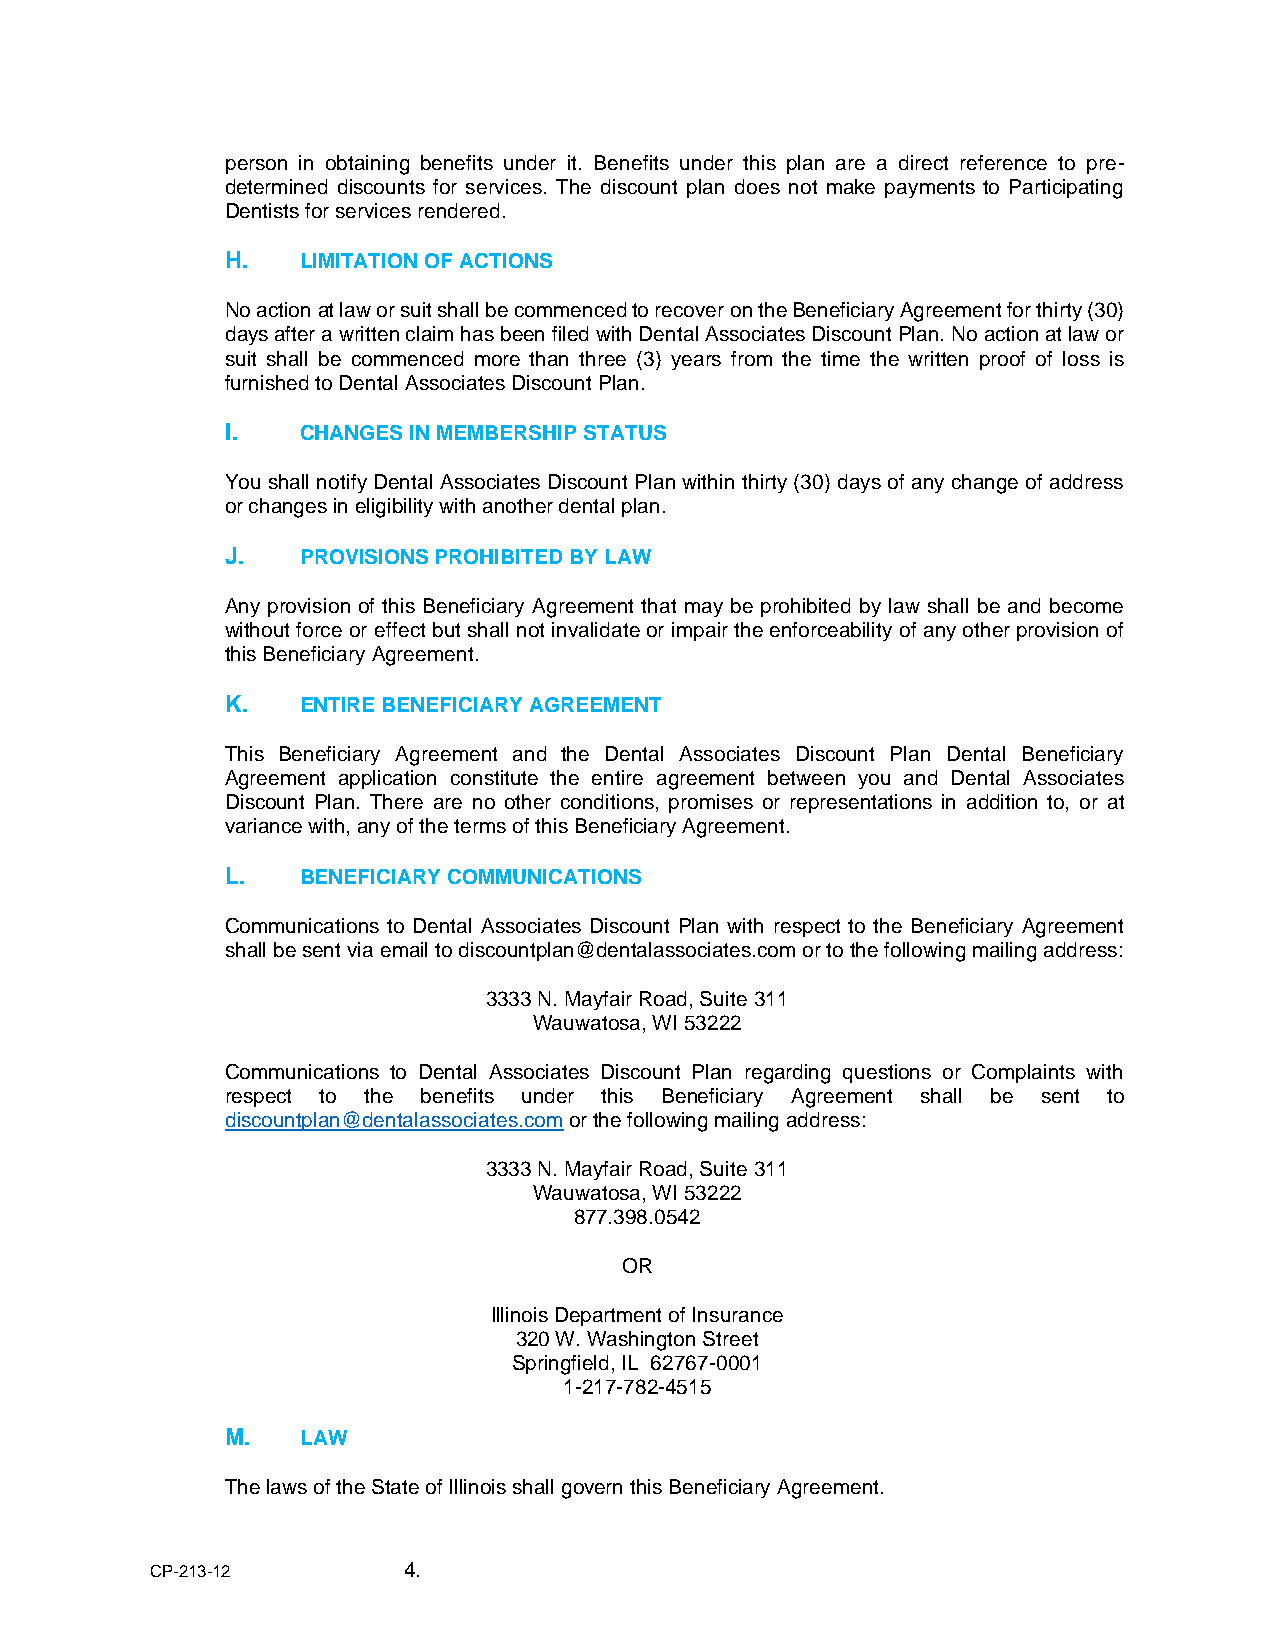
person in obtaining benefits under it. Benefits under this plan are a direct reference to pre-
 determined discounts for services. The discount plan does not make payments to Participating
 Dentists for services rendered.
 H.   LIMITATION OF ACTIONS
 No action at law or suit shall be commenced to recover on the Beneficiary Agreement for thirty (30)
 days after a written claim has been filed with Dental Associates Discount Plan. No action at law or
 suit shall be commenced more than three (3) years from the time the written proof of loss is
 furnished to Dental Associates Discount Plan.
 I.   CHANGES IN MEMBERSHIP STATUS
 You shall notify Dental Associates Discount Plan within thirty (30) days of any change of address
 or changes in eligibility with another dental plan.
 J.   PROVISIONS PROHIBITED BY LAW
 Any provision of this Beneficiary Agreement that may be prohibited by law shall be and become
 without force or effect but shall not invalidate or impair the enforceability of any other provision of
 this Beneficiary Agreement.
 K.   ENTIRE BENEFICIARY AGREEMENT
 This Beneficiary Agreement and the Dental Associates Discount Plan Dental Beneficiary
 Agreement application constitute the entire agreement between you and Dental Associates
 Discount Plan. There are no other conditions, promises or representations in addition to, or at
 variance with, any of the terms of this Beneficiary Agreement.
 L.   BENEFICIARY COMMUNICATIONS
 Communications to Dental Associates Discount Plan with respect to the Beneficiary Agreement
 shall be sent via email to discountplan@dentalassociates.com or to the following mailing address:
 3333 N. Mayfair Road, Suite 311
 Wauwatosa, WI 53222
 Communications to Dental Associates Discount Plan regarding questions or Complaints with
 respect to the benefits under this Beneficiary Agreement shall be sent to
 discountplan@dentalassociates.com or the following mailing address:
 3333 N. Mayfair Road, Suite 311
 Wauwatosa, WI 53222
 877.398.0542
 OR
 Illinois Department of Insurance
 320 W. Washington Street
 Springfield, IL 62767-0001
 1-217-782-4515
 M.   LAW
 The laws of the State of Illinois shall govern this Beneficiary Agreement.
 CP-213-12        4.